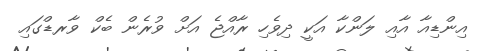
އިންޑިއާ އާއި ލަންކާ އަކީ ދިވެހި ރާއްޖެ އަށް ވުރެން ބެކް ވާރޑްގައި